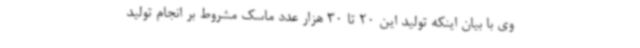
وی با بیان اینکه تولید این 20 تا 30 هزار عدد ماسک مشروط بر انجام تولید